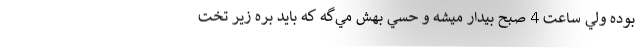
بوده ولي ساعت 4 صبح بيدار ميشه و حسي بهش مي‌گه كه بايد بره زير تخت